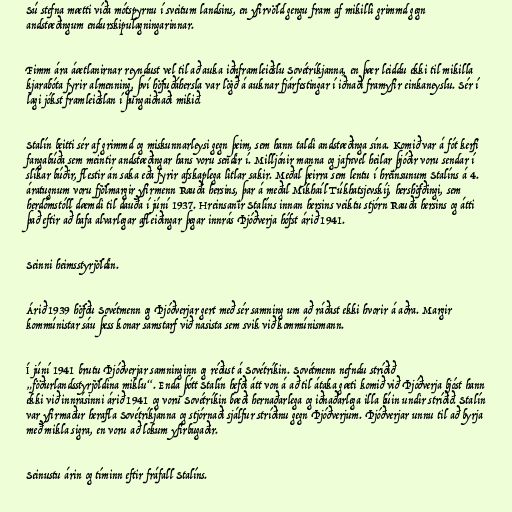
Sú stefna mætti víða mótspyrnu í sveitum landsins, en yfirvöld gengu fram af mikilli grimmd gegn
andstæðingum endurskipulagningarinnar.

Fimm ára áætlanirnar reyndust vel til að auka iðnframleiðslu Sovétríkjanna, en þær leiddu ekki til mikilla
kjarabóta fyrir almenning, því höfuðáhersla var lögð á auknar fjárfestingar í iðnaði framyfir einkaneyslu. Sér í
lagi jókst framleiðslan í þungaiðnaði mikið.

Stalín beitti sér af grimmd og miskunnarleysi gegn þeim, sem hann taldi andstæðinga sína. Komið var á fót kerfi
fangabúða sem meintir andstæðingar hans voru sendir í. Milljónir manna og jafnvel heilar þjóðir voru sendar í
slíkar búðir, flestir án saka eða fyrir afskaplega litlar sakir. Meðal þeirra sem lentu í hreinsunum Stalíns á 4.
áratugnum voru fjölmargir yfirmenn Rauða hersins, þar á meðal Míkhaíl Túkhatsjevskíj, hershöfðingi, sem
herdómstóll dæmdi til dauða í júní 1937. Hreinsanir Stalíns innan hersins veiktu stjórn Rauða hersins og átti
það eftir að hafa alvarlegar afleiðingar þegar innrás Þjóðverja hófst árið 1941.

Seinni heimsstyrjöldin.

Árið 1939 höfðu Sovétmenn og Þjóðverjar gert með sér samning um að ráðast ekki hvorir á aðra. Margir
kommúnistar sáu þess konar samstarf við nasista sem svik við kommúnismann.

Í júní 1941 brutu Þjóðverjar samninginn og réðust á Sovétríkin. Sovétmenn nefndu stríðið
„föðurlandsstyrjöldina miklu“. Enda þótt Stalín hefði átt von á að til átaka gæti komið við Þjóðverja bjóst hann
ekki við innrásinni árið 1941 og voru Sovétríkin bæði hernaðarlega og iðnaðarlega illa búin undir stríðið. Stalín
var yfirmaður herafla Sovétríkjanna og stjórnaði sjálfur stríðinu gegn Þjóðverjum. Þjóðverjar unnu til að byrja
með mikla sigra, en voru að lokum yfirbugaðir.

Seinustu árin og tíminn eftir fráfall Stalíns.